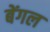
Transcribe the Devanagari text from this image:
बेंगल